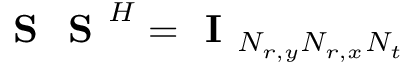
\textbf { S } \textbf { S } ^ { H } = \textbf { I } _ { N _ { r , y } N _ { r , x } N _ { t } }